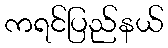
ကရင်ပြည်နယ်